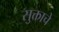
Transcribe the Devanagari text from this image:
सुक्ताचे